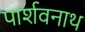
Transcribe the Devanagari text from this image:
पार्शवनाथ